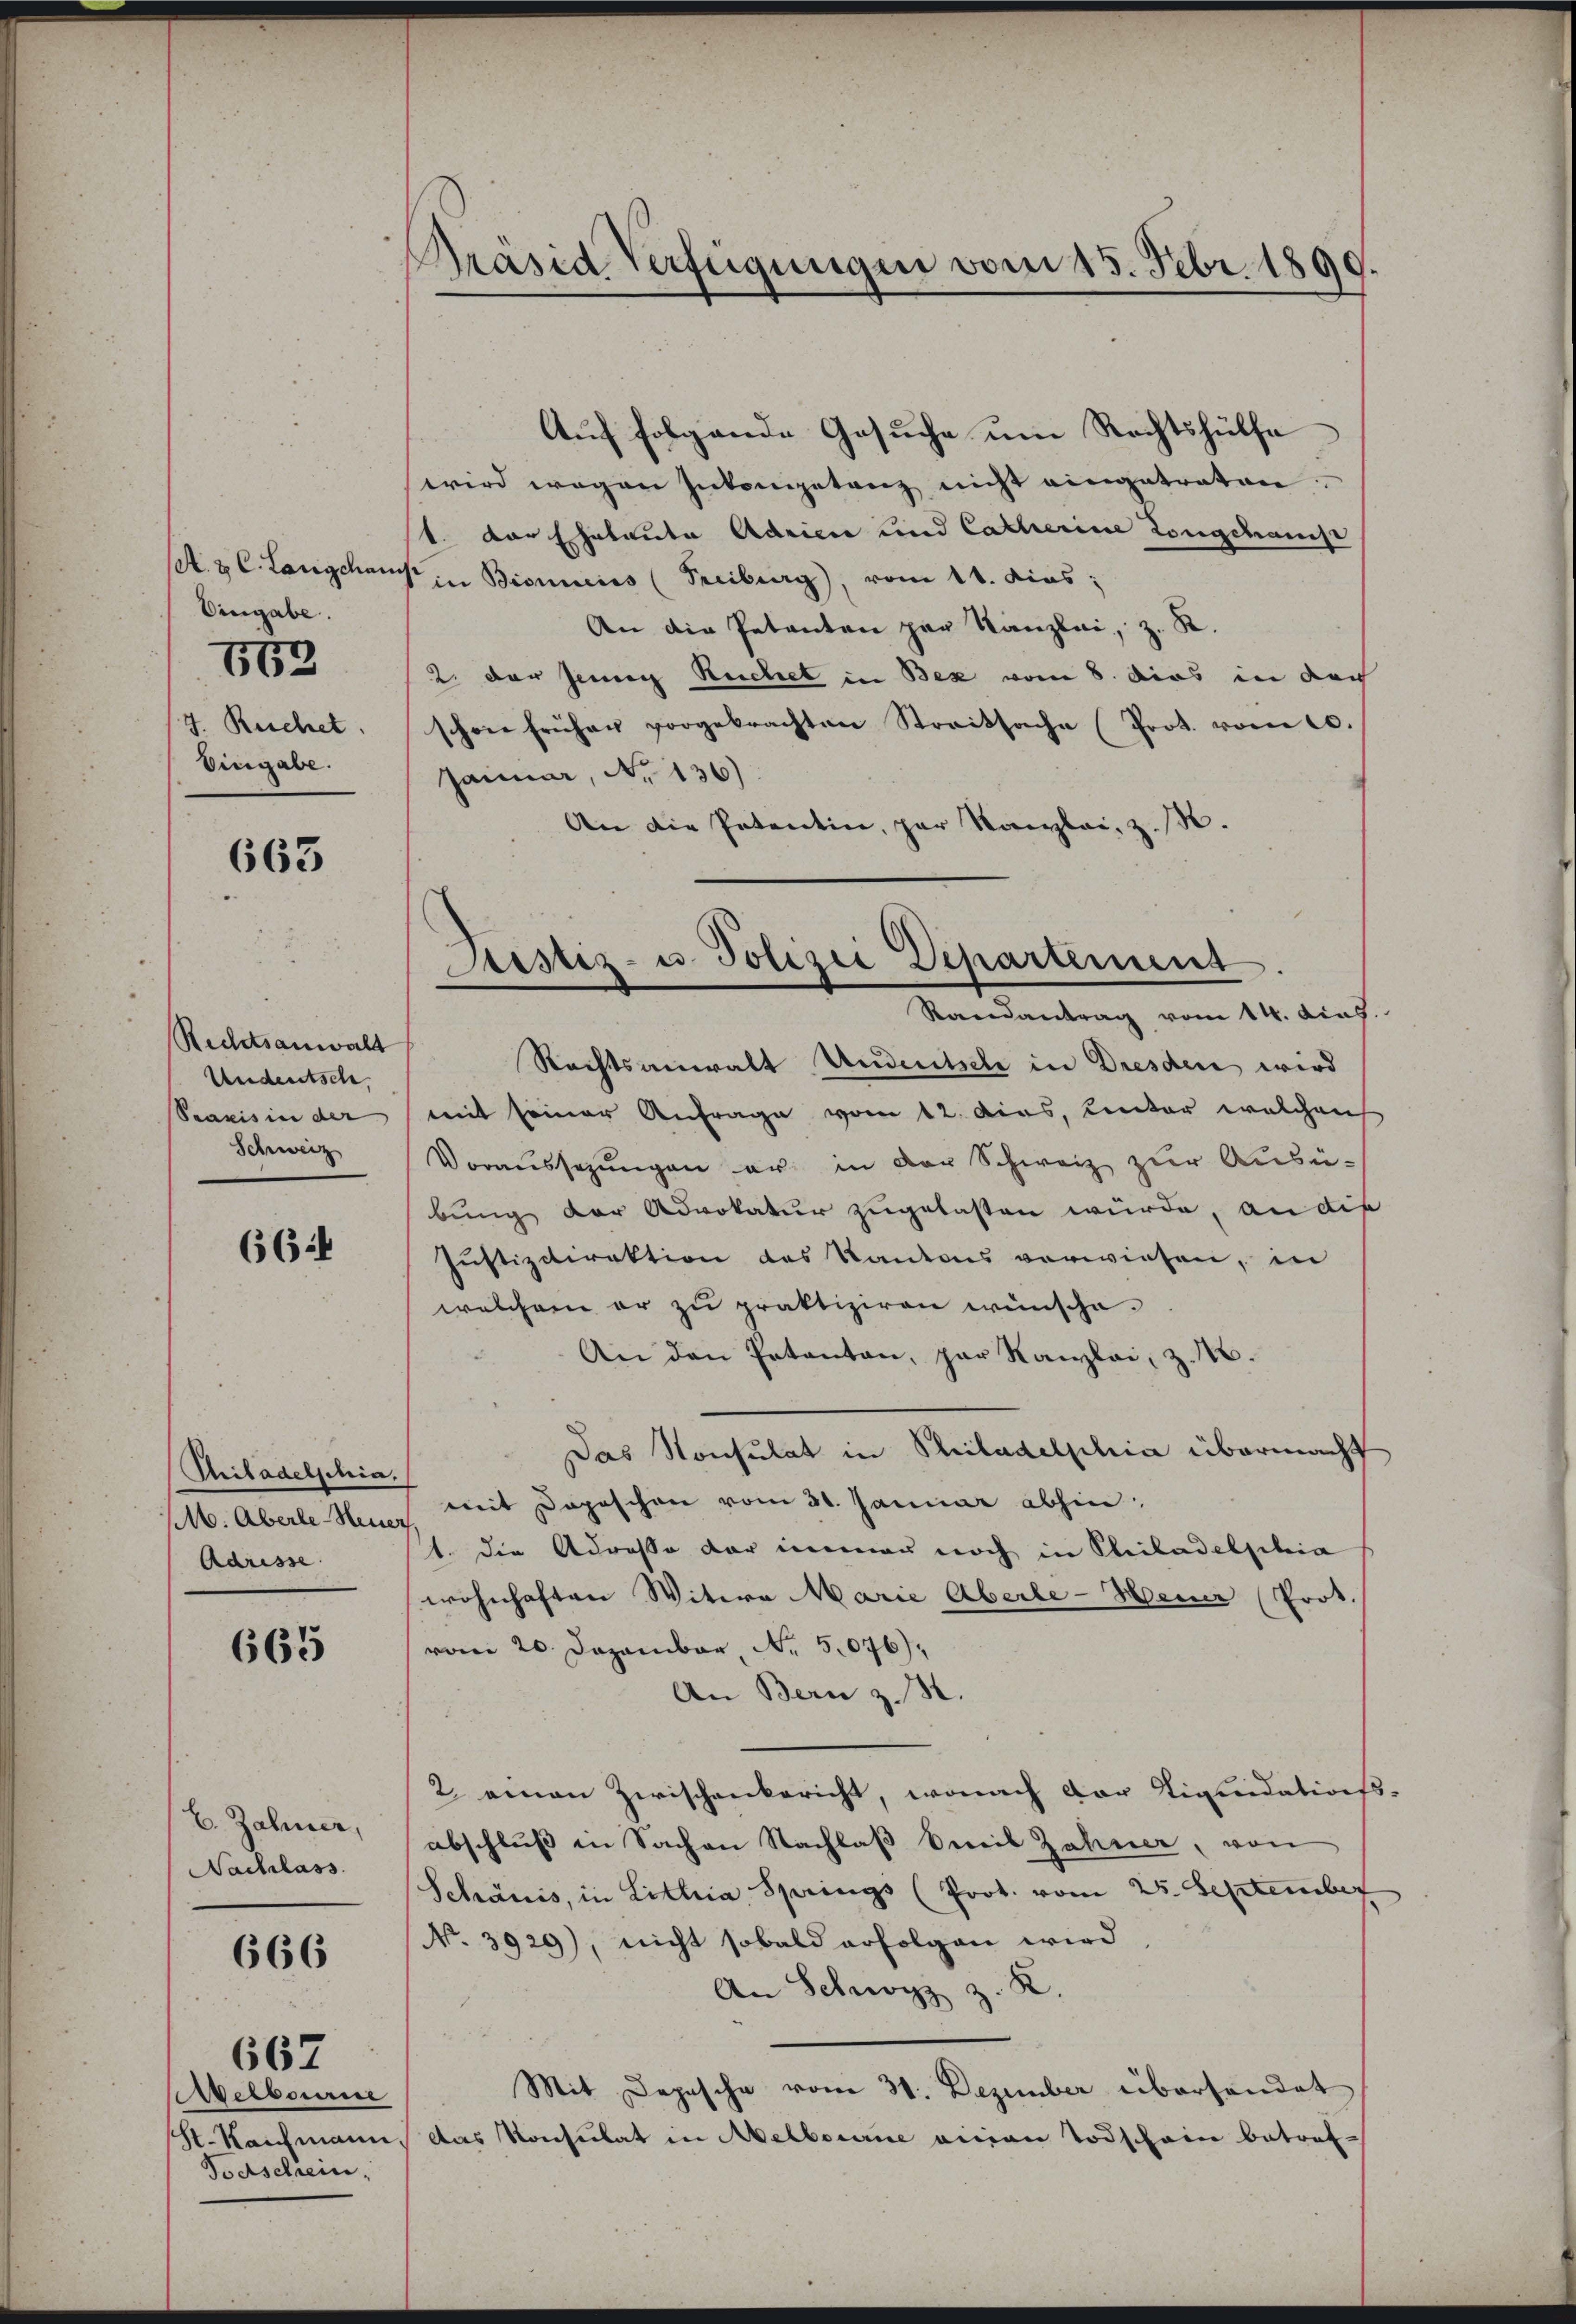
A. B. C. Langhar
Eingabe.
7. Reichet,
Eingabe.

563

663

Rechtsanwalt
Undeutsch
Praxis in der
Schweiz

66

Chiladelschia.
M. Aberle-Neuer
Adresse

665

E. Zahner,
Nachlass

666

elbourie
H. Kaufmann
Todschrein,

667

Präsid Verfügungen vom 15. Febr. 1890.

Auf folgende Gesuche um Rechtshülfe
wird wegen Inkompetenz nicht eingetraten
1. Der Eheleute Adrien und Catharine Longchanist
V in Bionnens (Freiburg), vom 11. dies;
An die Petenten zur Kanzlei, z. R.
2. der Jenig Reichel in Bex vom 8. dies in dar
schon früher vorgebrachten Streitsache (Prot. vom 10.
Jaimar, No 136)
An die Petentin, par Kanzlei, z. B.

mit seiner Anfrage vom 12. dies, unter welchen
Voraussezungen er in der Schweiz zur Ausü-
bung der Advokatur zugelasten wurde, an die
Justizdirektion des Kantons verwiesen, in
welchem er zu praktiziren wünsche.
An den Petenten, par Kanzlei, z. M.
Das Konsulat in Philadelphia übermacht
mit Depeschen vom 31. Januar abhin
1. Die Adresse der immer noch in Philadelphia
wohnhaften Witwe Marie Aberle-Henner (Prot.
vom 20. Dezember, No. 5076).
An Bern z. B.
2. einen Zwischenbericht, wonach der Stiquidations-
abschluß in Sachen Nachlaß beil Zähner, von
Schönis, in Littra Springs (Prot. vom 25. September
No. 3929), nicht sobald erfolgen wird
An Schwyz z. R.
Mit Depesche vom 31. Dezember überhandet
Das Konsulat in Melbourne einen Todschain betref-

Justiz- u. Polizei Departement
Randantrag vom 14. dies
Rechtsanwalt Undeutsche in Dresden wird